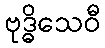
ဗုဒ္ဓိသေဝီ